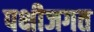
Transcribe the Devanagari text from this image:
पक्षीजगत